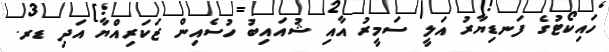
ހައިކޯޓުގެ ފަނޑިޔާރު އަލީ ސަމީރު އާއި ޝުއައިބު ހުސެއިން ޒަކަރިއްޔާ އަދި ޑރ.